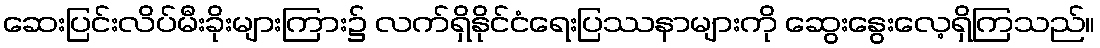
ဆေးပြင်းလိပ်မီးခိုးများကြား၌ လက်ရှိနိုင်ငံရေးပြဿနာများကို ဆွေးနွေးလေ့ရှိကြသည်။